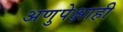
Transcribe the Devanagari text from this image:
अणुपेक्षाही